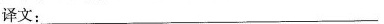
译文：___